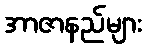
အာဇာနည်များ